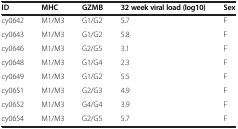
<table><thead><tr><td><b>ID</b></td><td><b>MHC</b></td><td><b>GZMB</b></td><td><b>32 week viral load (log10)</b></td><td><b>Sex</b></td></tr></thead><tbody><tr><td>cy0642</td><td>M1/M3</td><td>G1/G2</td><td>5.7</td><td>F</td></tr><tr><td>cy0643</td><td>M1/M3</td><td>G1/G2</td><td>5.8</td><td>F</td></tr><tr><td>cy0646</td><td>M1/M3</td><td>G2/G5</td><td>3.1</td><td>F</td></tr><tr><td>cy0648</td><td>M1/M3</td><td>G1/G4</td><td>2.3</td><td>F</td></tr><tr><td>cy0649</td><td>M1/M3</td><td>G1/G2</td><td>5.5</td><td>F</td></tr><tr><td>cy0651</td><td>M1/M3</td><td>G2/G3</td><td>4.9</td><td>F</td></tr><tr><td>cy0652</td><td>M1/M3</td><td>G4/G4</td><td>3.9</td><td>F</td></tr><tr><td>cy0654</td><td>M1/M3</td><td>G2/G5</td><td>5.7</td><td>F</td></tr></tbody></table>